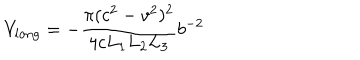
V _ { l o n g } = - \frac { \pi ( c ^ { 2 } - v ^ { 2 } ) ^ { 2 } } { 4 c L _ { 1 } L _ { 2 } L _ { 3 } } b ^ { - 2 }